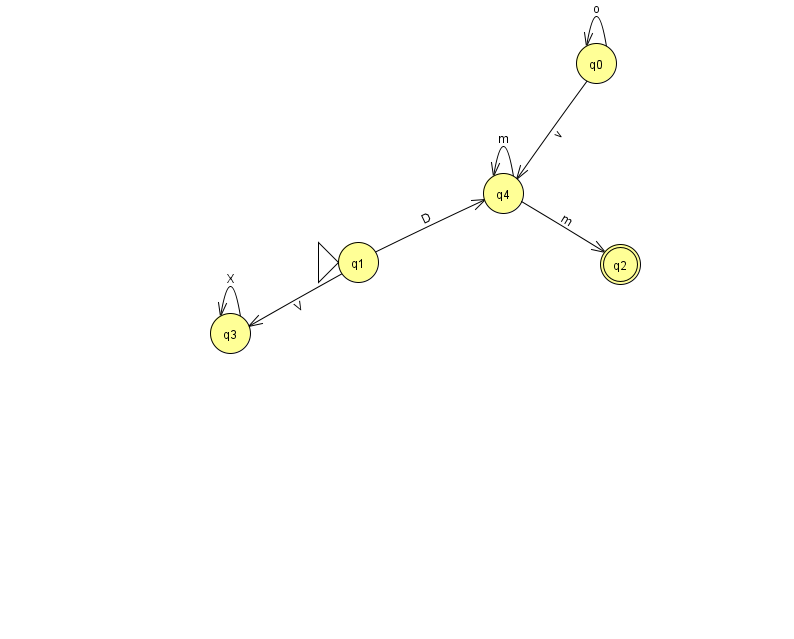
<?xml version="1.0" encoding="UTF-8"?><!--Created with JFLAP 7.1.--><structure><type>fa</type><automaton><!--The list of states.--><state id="0" name="q0"><x>596.0</x><y>50.0</y></state><state id="1" name="q1"><x>358.0</x><y>249.0</y><initial/></state><state id="2" name="q2"><x>620.0</x><y>251.0</y><final/></state><state id="3" name="q3"><x>230.0</x><y>320.0</y></state><state id="4" name="q4"><x>503.0</x><y>180.0</y></state><!--The list of transitions.--><transition><from>0</from><to>4</to><read>v</read></transition><transition><from>3</from><to>3</to><read>X</read></transition><transition><from>4</from><to>2</to><read>m</read></transition><transition><from>1</from><to>3</to><read>V</read></transition><transition><from>4</from><to>4</to><read>m</read></transition><transition><from>1</from><to>4</to><read>D</read></transition><transition><from>0</from><to>0</to><read>o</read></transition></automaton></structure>